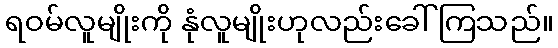
ရဝမ်လူမျိုးကို နုံလူမျိုးဟုလည်းခေါ်ကြသည်။